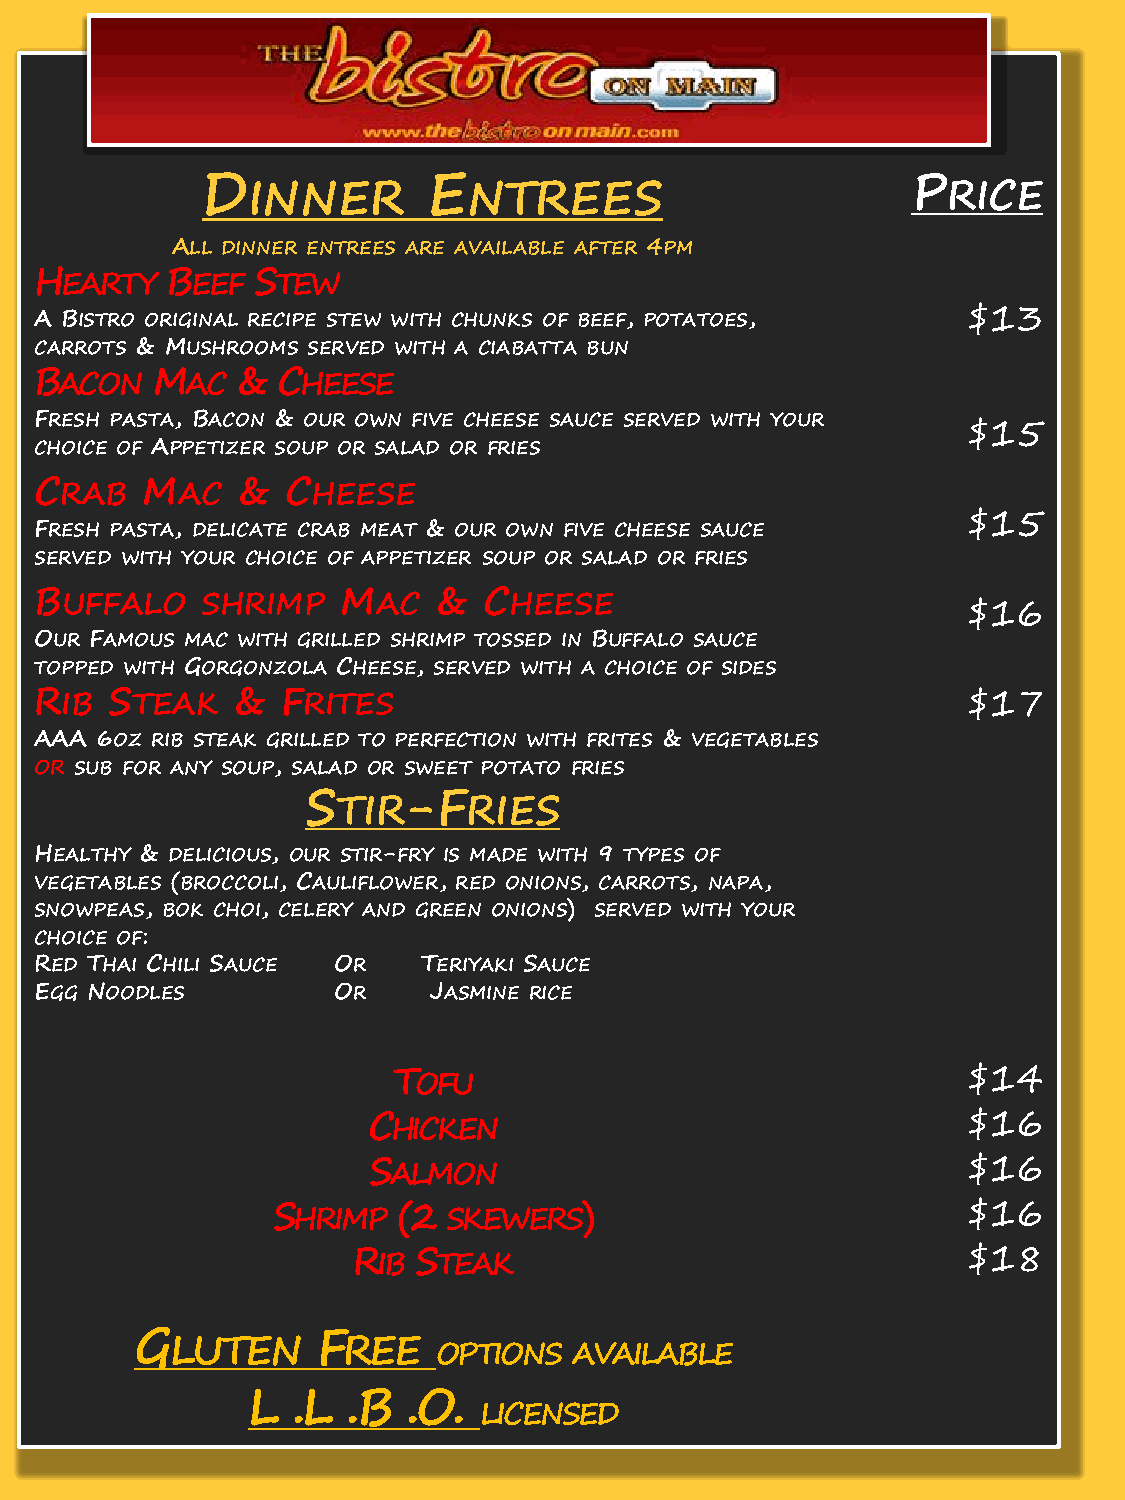
D              E                               P
 INNER          NTREES                          RICE
 ALL DINNER ENTREES ARE AVAILABLE AFTER 4PM
 HEARTY   BEEF  STEW
 A BISTRO ORIGINAL RECIPE STEW WITH CHUNKS OF BEEF, POTATOES,  $13
 CARROTS & MUSHROOMS SERVED WITH A CIABATTA BUN
 BACON   MAC   & CHEESE
 FRESH PASTA, BACON & OUR OWN FIVE CHEESE SAUCE SERVED WITH YOUR
 $15
 CHOICE OF APPETIZER SOUP OR SALAD OR FRIES
 CRAB   MAC    &  CHEESE
 $15
 FRESH PASTA, DELICATE CRAB MEAT & OUR OWN FIVE CHEESE SAUCE
 SERVED WITH YOUR CHOICE OF APPETIZER SOUP OR SALAD OR FRIES
 BUFFALO    SHRIMP    MAC   &  CHEESE
 $16
 OUR FAMOUS MAC WITH GRILLED SHRIMP TOSSED IN BUFFALO SAUCE
 TOPPED WITH GORGONZOLA CHEESE, SERVED WITH A CHOICE OF SIDES
 RIB  STEAK   &   FRITES                                       $17
 AAA 6OZ RIB STEAK GRILLED TO PERFECTION WITH FRITES & VEGETABLES
 OR SUB FOR ANY SOUP, SALAD OR SWEET POTATO FRIES
 S      -F
 TIR      RIES
 HEALTHY & DELICIOUS, OUR STIR-FRY IS MADE WITH 9 TYPES OF
 VEGETABLES (BROCCOLI, CAULIFLOWER, RED ONIONS, CARROTS, NAPA,
 SNOWPEAS, BOK CHOI, CELERY AND GREEN ONIONS) SERVED WITH YOUR
 CHOICE OF:
 RED THAI CHILI SAUCE OR   TERIYAKI SAUCE
 EGG NOODLES         OR    JASMINE RICE
 TOFU                                  $14
 CHICKEN                                 $16
 SALMON                                  $16
 SHRIMP  (2  SKEWERS)                          $16
 RIB  STEAK                               $18
 G           F
 LUTEN       REE
 OPTIONS  AVAILABLE
 L  .L  .B  .O.
 LICENSED